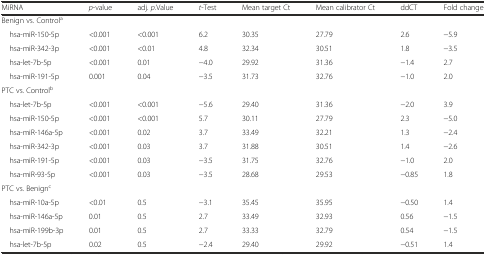
<table><thead><tr><td><b>MiRNA</b></td><td><b><i>p</i>-value</b></td><td><b>adj. <i>p</i>.Value</b></td><td><b><i>t</i>-Test</b></td><td><b>Mean target Ct</b></td><td><b>Mean calibrator Ct</b></td><td><b>ddCT</b></td><td><b>Fold change</b></td></tr></thead><tbody><tr><td>Benign vs. Control<sup>a</sup></td><td></td><td></td><td></td><td></td><td></td><td colspan="2"></td></tr><tr><td> hsa-miR-150-5p</td><td>&lt;0.001</td><td>&lt;0.001</td><td>6.2</td><td>30.35</td><td>27.79</td><td>2.6</td><td>−5.9</td></tr><tr><td> hsa-miR-342-3p</td><td>&lt;0.001</td><td>&lt;0.01</td><td>4.8</td><td>32.34</td><td>30.51</td><td>1.8</td><td>−3.5</td></tr><tr><td> hsa-let-7b-5p</td><td>&lt;0.001</td><td>0.01</td><td>−4.0</td><td>29.92</td><td>31.36</td><td>−1.4</td><td>2.7</td></tr><tr><td> hsa-miR-191-5p</td><td>0.001</td><td>0.04</td><td>−3.5</td><td>31.73</td><td>32.76</td><td>−1.0</td><td>2.0</td></tr><tr><td>PTC vs. Control<sup>b</sup></td><td></td><td></td><td></td><td></td><td></td><td></td><td></td></tr><tr><td> hsa-let-7b-5p</td><td>&lt;0.001</td><td>&lt;0.001</td><td>−5.6</td><td>29.40</td><td>31.36</td><td>−2.0</td><td>3.9</td></tr><tr><td> hsa-miR-150-5p</td><td>&lt;0.001</td><td>&lt;0.001</td><td>5.7</td><td>30.11</td><td>27.79</td><td>2.3</td><td>−5.0</td></tr><tr><td> hsa-miR-146a-5p</td><td>&lt;0.001</td><td>0.02</td><td>3.7</td><td>33.49</td><td>32.21</td><td>1.3</td><td>−2.4</td></tr><tr><td> hsa-miR-342-3p</td><td>&lt;0.001</td><td>0.03</td><td>3.7</td><td>31.88</td><td>30.51</td><td>1.4</td><td>−2.6</td></tr><tr><td> hsa-miR-191-5p</td><td>&lt;0.001</td><td>0.03</td><td>−3.5</td><td>31.75</td><td>32.76</td><td>−1.0</td><td>2.0</td></tr><tr><td> hsa-miR-93-5p</td><td>&lt;0.001</td><td>0.03</td><td>−3.5</td><td>28.68</td><td>29.53</td><td>−0.85</td><td>1.8</td></tr><tr><td>PTC vs. Benign<sup>c</sup></td><td></td><td></td><td></td><td></td><td></td><td></td><td></td></tr><tr><td> hsa-miR-10a-5p</td><td>&lt;0.01</td><td>0.5</td><td>−3.1</td><td>35.45</td><td>35.95</td><td>−0.50</td><td>1.4</td></tr><tr><td> hsa-miR-146a-5p</td><td>0.01</td><td>0.5</td><td>2.7</td><td>33.49</td><td>32.93</td><td>0.56</td><td>−1.5</td></tr><tr><td> hsa-miR-199b-3p</td><td>0.01</td><td>0.5</td><td>2.7</td><td>33.33</td><td>32.79</td><td>0.54</td><td>−1.5</td></tr><tr><td> hsa-let-7b-5p</td><td>0.02</td><td>0.5</td><td>−2.4</td><td>29.40</td><td>29.92</td><td>−0.51</td><td>1.4</td></tr></tbody></table>